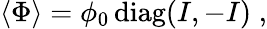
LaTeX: \langle\Phi\rangle=\phi_{0}\, \mathrm{diag}(I,-I)\; ,